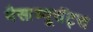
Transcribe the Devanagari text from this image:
मैसाच्यूसॅट्स